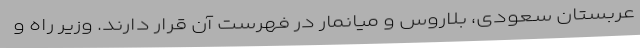
عربستان سعودی، بلاروس و میانمار در فهرست آن قرار دارند. وزیر راه و